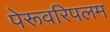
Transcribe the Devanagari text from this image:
पेरूवरिपलम